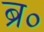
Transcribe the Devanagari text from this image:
ब्रू०